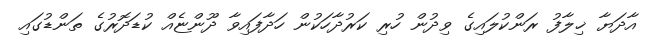
އާދަޔާ ޚިލާފު ރަންކުލައިގެ ވިދުން ހުރި ކަރުދާހަކުން ހަދާފައިވާ ދޫންޏެއް ކުޑަދޮރުގެ ތަންޑުގައި